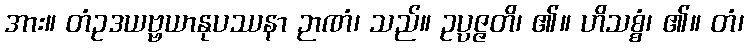
အား။ တံဥဒယဗ္ဗယာနုပဿနာ ဉာဏံ၊ သည်။ ဥပ္ပဇ္ဇတိ၊ ၏။ ဟိသစ္စံ၊ ၏။ တံ၊